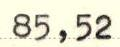
85,52